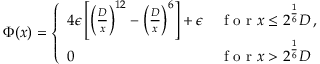
\Phi ( x ) = \left\{ \begin{array} { l l } { 4 \epsilon \left[ \left( \frac { D } { x } \right) ^ { 1 2 } - \left( \frac { D } { x } \right) ^ { 6 } \right] + \epsilon } & { \mathrm { ~ f ~ o ~ r ~ } x \leq 2 ^ { \frac { 1 } { 6 } } D \, , } \\ { 0 } & { \mathrm { ~ f ~ o ~ r ~ } x > 2 ^ { \frac { 1 } { 6 } } D } \end{array} \right.